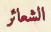
الشعائر